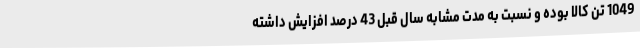
1049 تن کالا بوده و نسبت به مدت مشابه سال قبل 43 درصد افزایش داشته